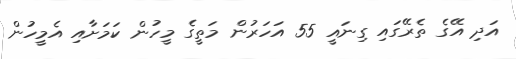
އަދި އޭގެ ތެރޭގައި ގިނައީ 55 އަހަރުން މަތީގެ މީހުން ކަމަށާއި އެމީހުން